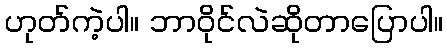
ဟုတ်ကဲ့ပါ။ ဘာဝိုင်လဲဆိုတာပြောပါ။